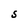
Character: S